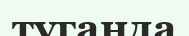
туганда